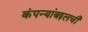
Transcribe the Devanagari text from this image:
कंपन्यांबद्दलची